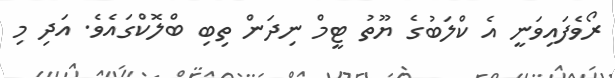
ރޯވެފައިވަނީ އެ ކްލަބުގެ ޔޫތު ޓީމް ނިދަން ތިބި ބްލޮކްގައެވެ. އަދި މި